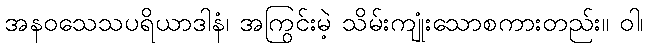
အနဝသေသပရိယာဒါနံ၊ အကြွင်းမဲ့ သိမ်းကျုံးသောစကားတည်း။ ဝါ၊